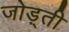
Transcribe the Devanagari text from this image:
जोड़्ती